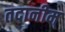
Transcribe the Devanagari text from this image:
तदानीम्